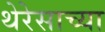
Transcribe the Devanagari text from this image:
थेरेसाच्या